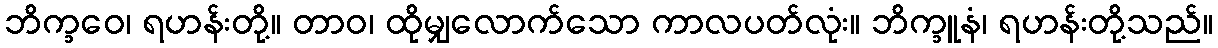
ဘိက္ခဝေ၊ ရဟန်းတို့။ တာဝ၊ ထိုမျှလောက်သော ကာလပတ်လုံး။ ဘိက္ခူနံ၊ ရဟန်းတို့သည်။